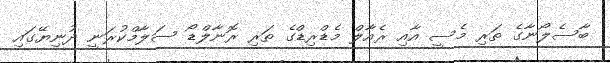
ބާސެލޯނާގެ ތަރި މެސީ އާއި ރެއާލް މެޑްރިޑްގެ ތަރި ރޮނާލްޑޯ ސަލާމްކުރަނީ ދުނިޔޭގައި